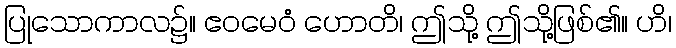
ပြုသောကာလ၌။ ဧဝမေဝံ ဟောတိ၊ ဤသို့ ဤသို့ဖြစ်၏။ ဟိ၊